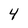
Character: 4